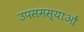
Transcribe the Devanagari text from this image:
उपसमस्याओं